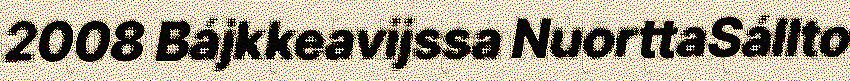
2008 Bájkkeavijssa NuorttaSállto